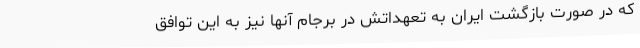
که در صورت بازگشت ایران به تعهداتش در برجام آنها نیز به این توافق